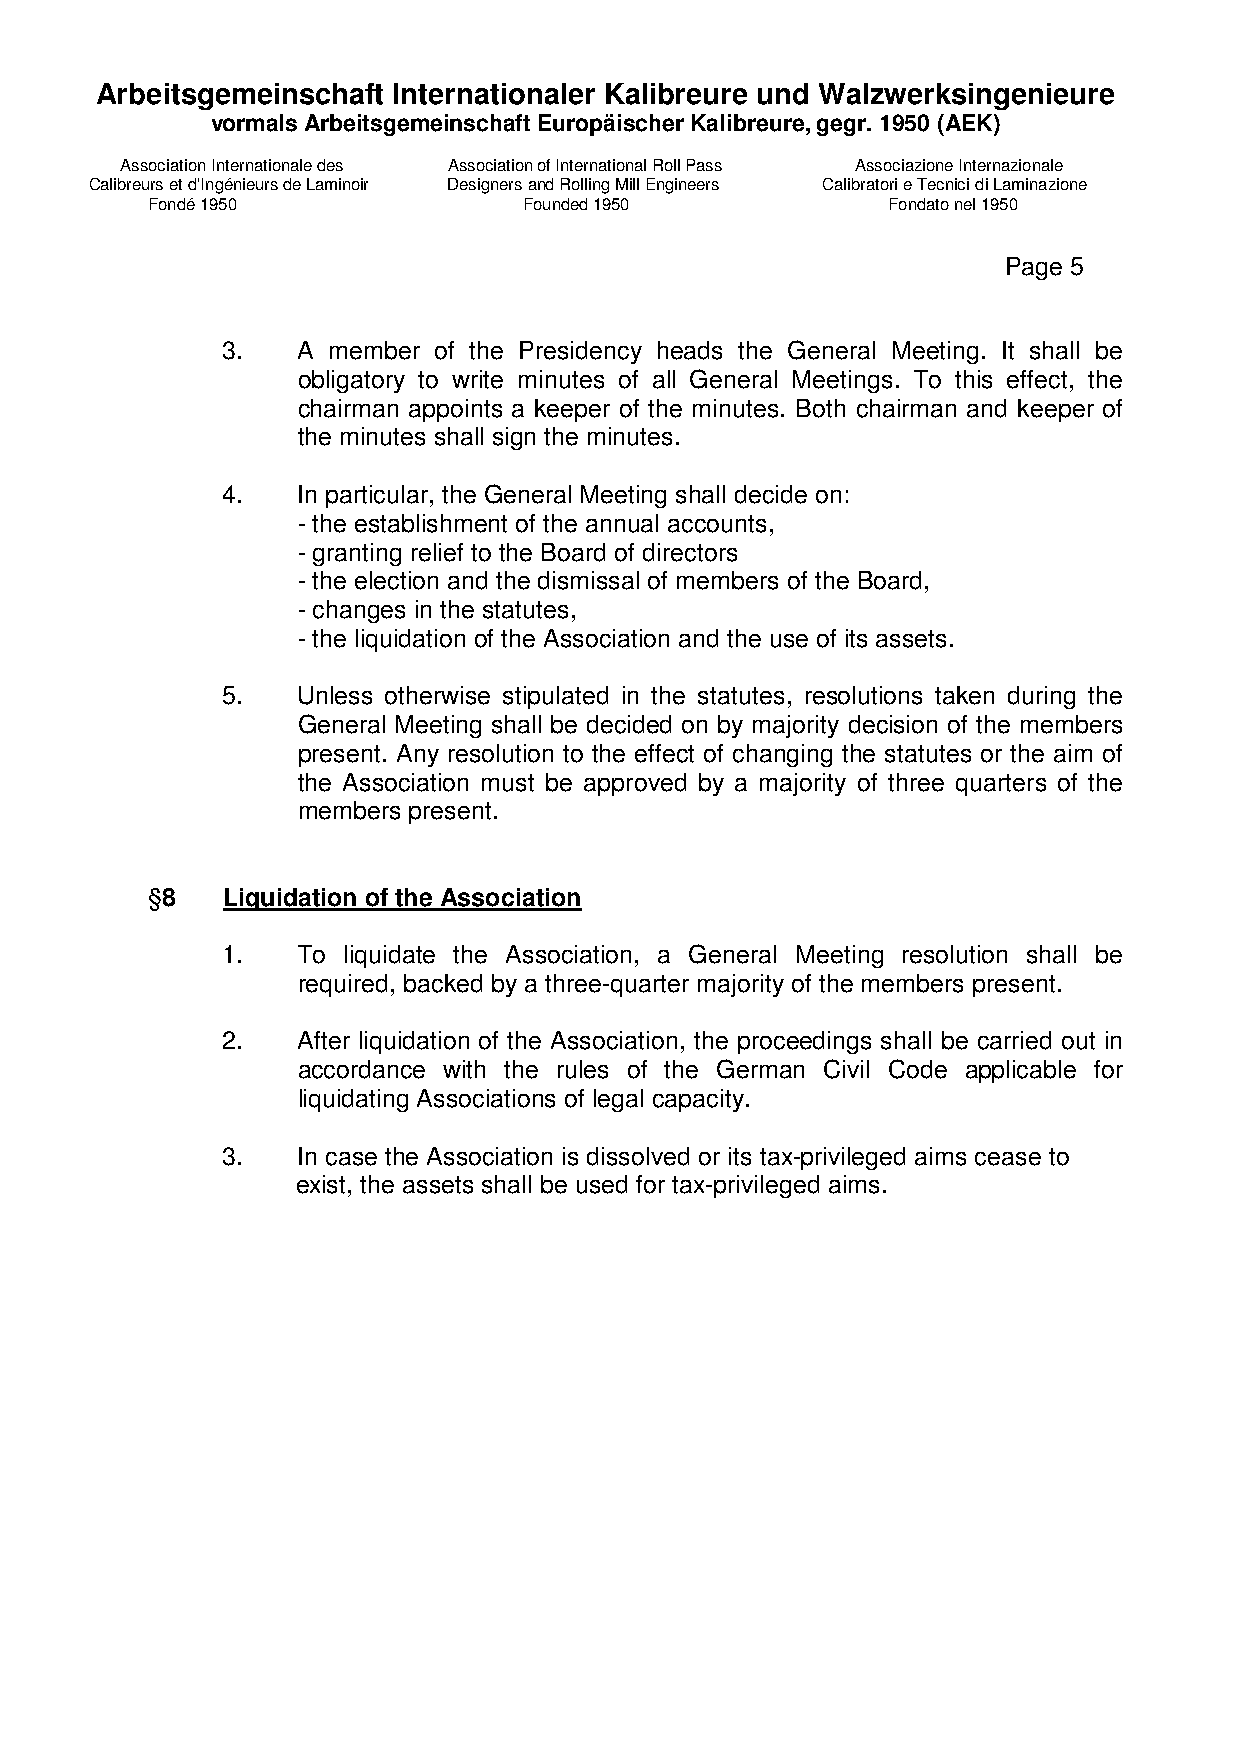
Arbeitsgemeinschaft Internationaler Kalibreure und Walzwerksingenieure
 vormals Arbeitsgemeinschaft Europäischer Kalibreure, gegr. 1950 (AEK)
 Association Internationale des Association of International Roll Pass Associazione Internazionale
 Calibreurs et d'Ingénieurs de Laminoir Designers and Rolling Mill Engineers Calibratori e Tecnici di Laminazione
 Fondé 1950               Founded 1950            Fondato nel 1950
 Page 5
 3.   A member of the Presidency heads the General Meeting. It shall be
 obligatory to write minutes of all General Meetings. To this effect, the
 chairman appoints a keeper of the minutes. Both chairman and keeper of
 the minutes shall sign the minutes.
 4.   In particular, the General Meeting shall decide on:
 - the establishment of the annual accounts,
 - granting relief to the Board of directors
 - the election and the dismissal of members of the Board,
 - changes in the statutes,
 - the liquidation of the Association and the use of its assets.
 5.   Unless otherwise stipulated in the statutes, resolutions taken during the
 General Meeting shall be decided on by majority decision of the members
 present. Any resolution to the effect of changing the statutes or the aim of
 the Association must be approved by a majority of three quarters of the
 members present.
 §8   Liquidation of the Association
 1.   To liquidate the Association, a General Meeting resolution shall be
 required, backed by a three-quarter majority of the members present.
 2.   After liquidation of the Association, the proceedings shall be carried out in
 accordance with the rules of the German Civil Code applicable for
 liquidating Associations of legal capacity.
 3.   In case the Association is dissolved or its tax-privileged aims cease to
 exist, the assets shall be used for tax-privileged aims.